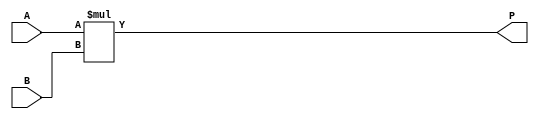
module multiplier (
    input [2:0] A, B,
    output [5:0] P
);

	// k sinyalini hesapla
	assign P = A * B;

endmodule